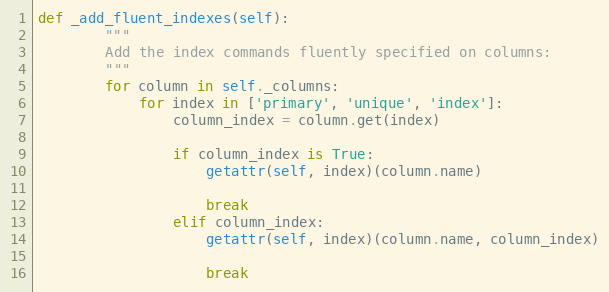
Language: Python
def _add_fluent_indexes(self):
        """
        Add the index commands fluently specified on columns:
        """
        for column in self._columns:
            for index in ['primary', 'unique', 'index']:
                column_index = column.get(index)

                if column_index is True:
                    getattr(self, index)(column.name)

                    break
                elif column_index:
                    getattr(self, index)(column.name, column_index)

                    break